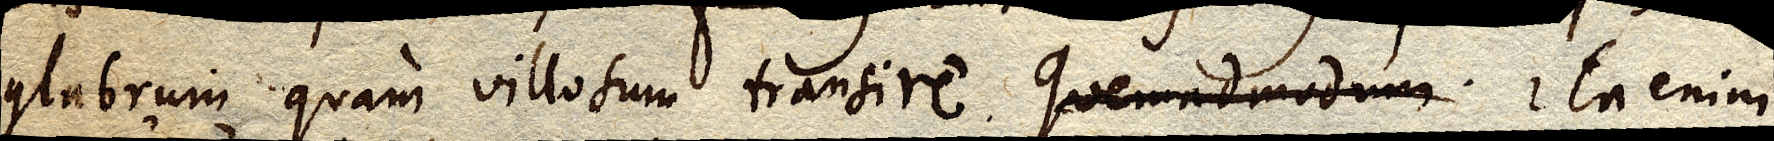
glabrum quam villosum transire. Quemadmodum Ita enim